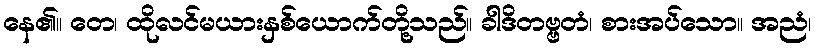
နေ၏။ တေ၊ ထိုလင်မယားနှစ်ယောက်တို့သည်။ ခါဒိတဗ္ဗတံ၊ စားအပ်သော။ အညံ၊